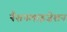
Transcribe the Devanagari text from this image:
नैशनलाइज़ेशन